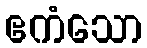
ဧကံသော